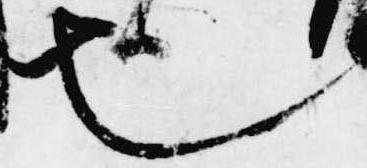
也